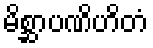
မိစ္ဆာပဏိဟိတံ